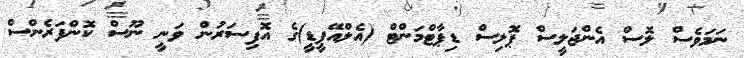
ނަމަވެސް ލޮސް އެންޖަލީސް ޕޮލިސް ޑިޕާޓްމަންޓް (އެލްއޭޕީޑީ)ގެ އޮފިސަރުން ވަނީ ނޫސް ކޮންފަރެންސް